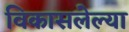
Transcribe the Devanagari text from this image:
विकासलेल्या